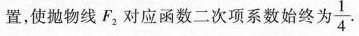
置，使抛物线F_{2}对应函数二次项系数始终为 $$\frac { 1 } { 4 }$$ .